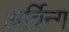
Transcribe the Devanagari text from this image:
अर्विन्ग